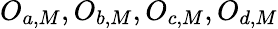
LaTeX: O_{a,M},O_{b,M},O_{c,M},O_{d,M}